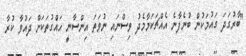
"ބާރުގަދަ ގައުމަކުން ބުނެފާނެ އެއްޗަކަމާމެދު ވިސްނައި ނުވަތަ އިންސާނީ ހައްގުތަކަށް ދައުވާ ކުރާ